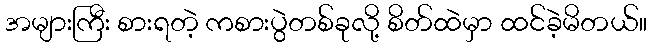
အများကြီး စားရတဲ့ ကစားပွဲတစ်ခုလို့ စိတ်ထဲမှာ ထင်ခဲ့မိတယ်။